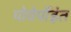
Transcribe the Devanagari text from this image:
पोवेर्पोइंत